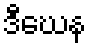
ဒီဃေန